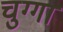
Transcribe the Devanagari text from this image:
चुग्गा